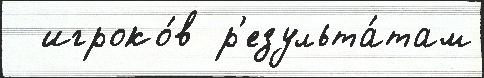
  игроко́в р'езульта́там